Vaccination in Bombay 1902-1912 - 1902-1912
Year: 1902
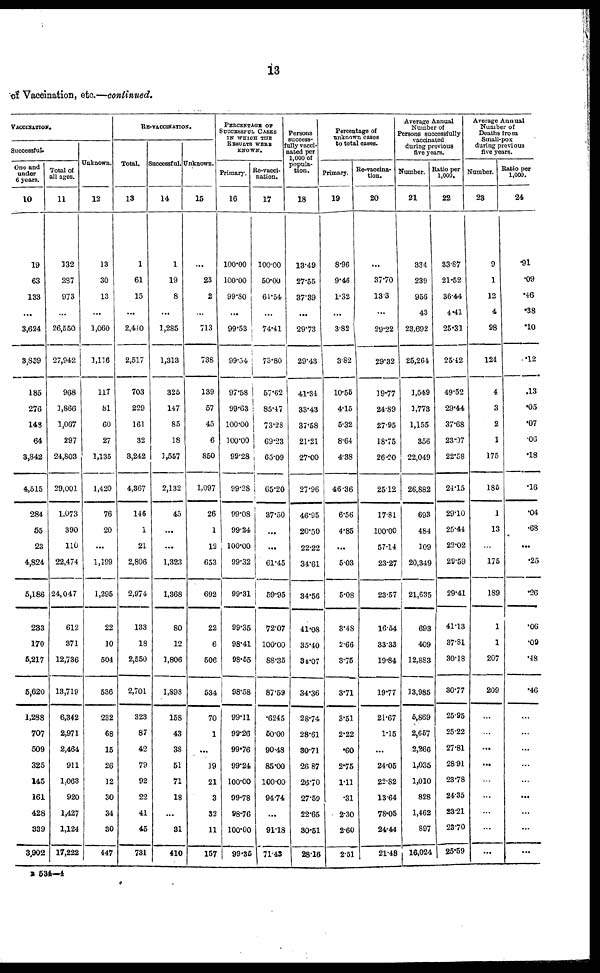
13
of Vaccination, etc.—continued.
VACCINATION.
Successful.
One and
under
6 years.
10
19
63
133
...
3,624
3,839
185
276
143
64
3,842
4,515
284
55
23
4,824
5,186
233
170
5,217
5,620
1,288
707
509
325
145
161
428
339
3,902
Total of
all ages.
11
132
237
973
...
26,550
27,942
968
1,866
1,067
297
24,803
29,001
1,073
390
110
22,474
24,047
612
371
12,736
13,719
6,342
2,971
2,464
911
1,063
920
1,427
1,124
17,222
Unknown.
12
13
30
13
...
1,060
1,116
117
81
60
27
1,135
1,420
76
20
...
1,199
1,295
22
10
504
536
232
68
15
26
12
30
34
30
447
RE-VACCINATION.
Total.
13
1
61
15
...
2,410
2,517
703
229
161
32
3,242
4,367
146
1
21
2,806
2,974
133
18
2,550
2,701
323
87
42
79
92
22
41
45
731
Successful.
14
1
19
8
...
1,285
1,313
325
147
85
18
1,557
2,132
45
...
...
1,323
1,368
80
12
1,806
1,898
158
43
38
51
71
18
...
31
410
Unknown.
15
...
23
2
...
713
738
139
57
45
6
850
1,097
26
1
12
653
692
22
6
506
534
70
1
...
19
21
3
32
11
157
PERCENTAGE OF
SUCCESSFUL CASES
IN WHICH THE
RESULTS WERE
KNOWN.
Primary.
16
100.00
100.00
99.80
...
99.53
99.54
97.58
99.63
100.00
100.00
99.28
99.28
99.08
99.24
100.00
99.32
99.31
99.35
98.41
98.55
98.58
99.11
99.26
99.76
99.24
100.00
99.78
98.76
100.00
99.35
Re-vacci¬
nation.
17
100.00
50.00
61.54
...
74.41
73.80
57.62
85.47
73.28
69.23
65.09
65.20
37.50
...
...
61.45
59.95
72.07
100.00
88.35
87.59
.6245
50.00
90.48
85.00
100.00
94.74
...
91.18
71.45
Persons
success¬
fully vacci¬
nated per
1,000 of
popula-
tion.
18
13.49
27.55
37.39
...
29.73
29.43
41.34
33.43
37.58
21.21
27.00
27.96
46.95
20.50
22.22
34.61
34.56
41.08
35.40
34.07
34.36
28.74
28.61
30.71
26.87
26.70
27.59
22.65
30.51
28.16
Percentage of
unknown cases
to total cases.
Primary.
19
8.96
9.46
1.32
...
3.82
3.82
10.55
4.15
5.32
8.64
4.38
46.36
6.56
4.85
...
5.03
5.08
3.48
2.66
3.75
3.71
3.51
2.22
.60
2.75
1.11
.31
2.30
2.60
2.51
Re-vaccina-
tion.
20
...
37.70
13.3
...
29.22
29.32
19.77
24.89
27.95
18.75
26.20
2512
17.81
100.00
57.14
23.27
23.57
16.54
33.33
19.84
19.77
21.67
1.15
...
24.05
22.82
13.64
78.05
24.44
21.48
Average Annual
Number of
Persons successfully
vaccinated
during previous
five years.
Number.
21
334
239
956
43
23,692
25,264
1,549
1,773
1,155
356
22,049
26,882
693
484
309
20,349
21,635
693
409
12,883
13,985
5,869
2,657
2,266
1,035
1,010
828
1,462
897
16,024
Ratio per
1,000.
22
33.87
21.52
36.44
4.41
25.31
25.42
49.52
29.44
37.68
23.97
22.58
24.15
29.10
25.44
22.02
29.59
29.41
41.13
37.31
30.18
30.77
25.95
25.22
27.81
28.91
23.78
24.35
23.21
23.70
25.59
Average Annual
Number of
Deaths from
Small-pox
during previous
five years.
Number.
23
9
1
12
4
98
124
4
3
2
1
175
185
1
13
...
175
189
1
1
207
209
...
...
...
...
...
...
...
...
...
Ratio per
1,000.
24
.91
.09
.46
.38
.10
.12
.13
.05
.07
.06
.18
.16
.04
.68
...
.25
.26
.06
.09
.48
.46
...
...
...
...
...
...
...
...
...
B 534—4